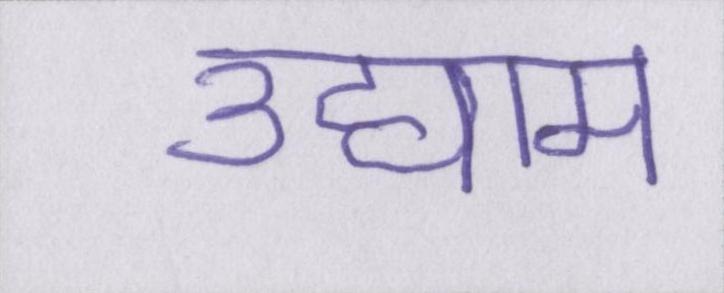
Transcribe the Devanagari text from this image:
उद्याम